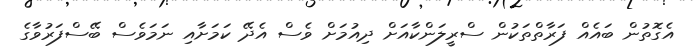
އެގޮތުން ބައެއް ފަރާތްތަކުން ސްރީލަންކާއަށް ދިއުމަށް ވެސް އެދޭ ކަމަށާއި ނަމަވެސް ބޭސްފަރުވާގެ